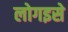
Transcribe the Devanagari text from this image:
लोगइसे